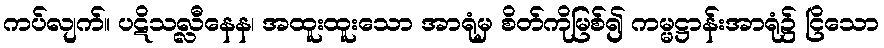
ကပ်လျက်။ ပဋိသလ္လီနေန၊ အထူးထူးသော အာရုံမှ စိတ်ကိုမြစ်၍ ကမ္မဋ္ဌာန်းအာရုံ၌ ငြိသော